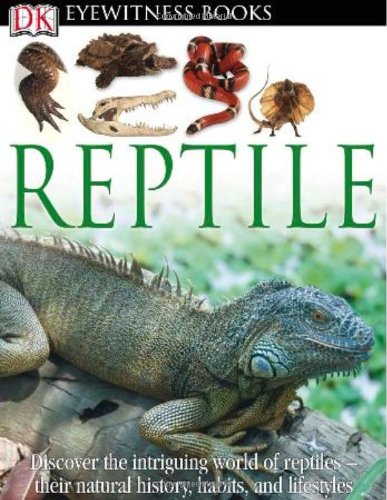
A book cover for DK Eyewitness Books: Reptile; Colin McCarthy; Children's Books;